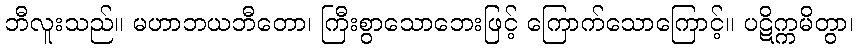
ဘီလူးသည်။ မဟာဘယဘီတော၊ ကြီးစွာသောဘေးဖြင့် ကြောက်သောကြောင့်။ ပဋိက္ကမိတွာ၊